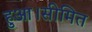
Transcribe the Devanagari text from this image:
हुआ।सीमित